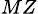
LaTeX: _{MZ}